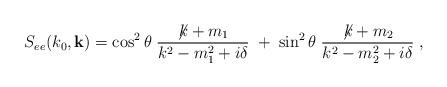
LaTeX: \begin{align*} S_{ee}(k_0,{\bf k})= \cos^2\theta\; \frac{\not \! k + m_1}{k^2 - m_{1}^{2} + i\delta} \; + \;\sin^2\theta\; \frac{\not \! k + m_2}{k^2 - m_{2}^{2} + i\delta} \; ,\end{align*}